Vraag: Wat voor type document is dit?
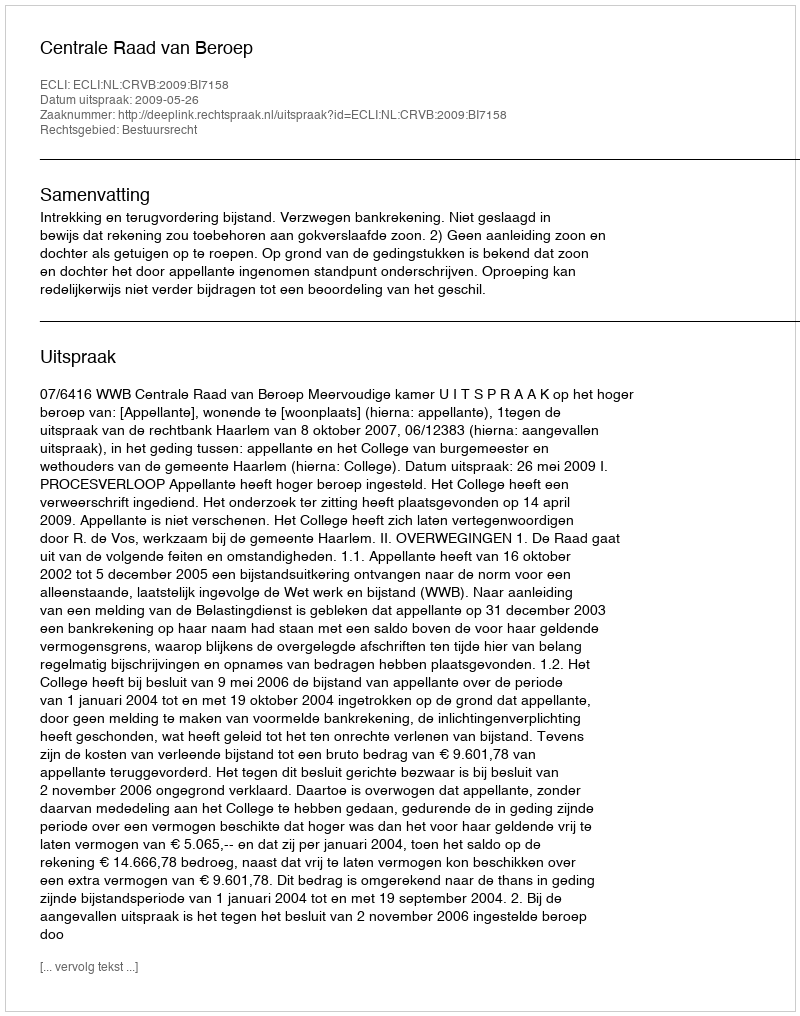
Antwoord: Uitspraak